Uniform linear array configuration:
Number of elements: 12
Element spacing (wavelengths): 1
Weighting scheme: binomial
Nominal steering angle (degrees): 15
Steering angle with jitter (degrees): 15.201
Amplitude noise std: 0.05
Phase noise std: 0.05

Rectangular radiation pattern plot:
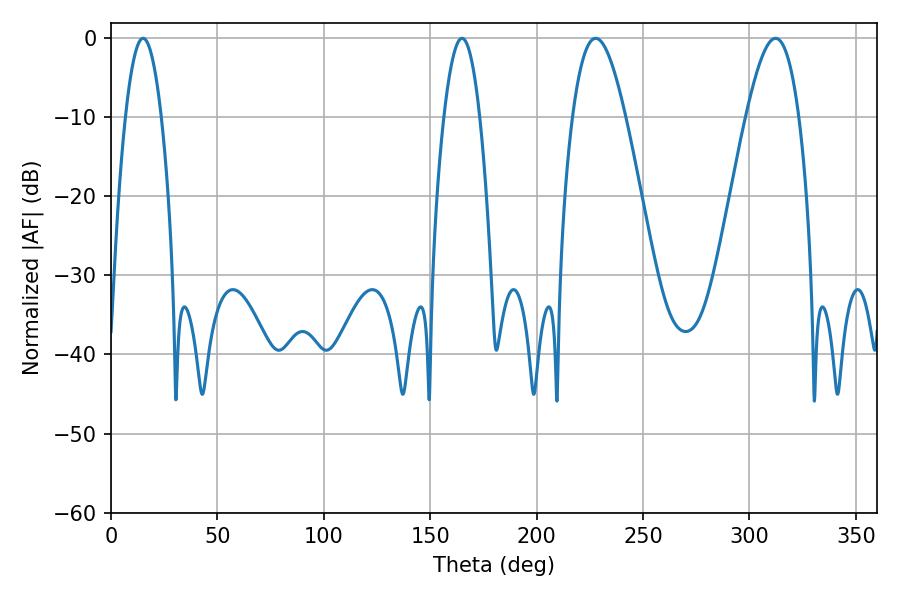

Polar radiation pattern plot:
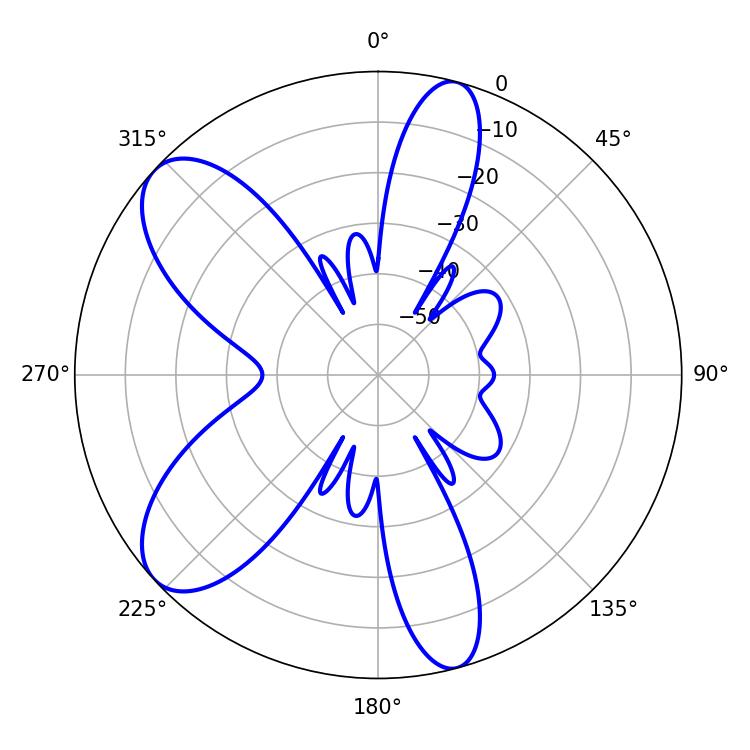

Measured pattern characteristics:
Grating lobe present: TRUE
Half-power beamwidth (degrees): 13.5
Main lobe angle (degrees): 227.7